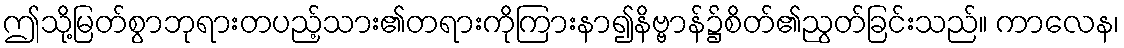
ဤသို့မြတ်စွာဘုရားတပည့်သား၏တရားကိုကြားနာ၍နိဗ္ဗာန်၌စိတ်၏ညွတ်ခြင်းသည်။ ကာလေန၊